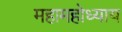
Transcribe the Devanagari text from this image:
महामहोध्याय